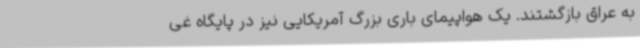
به عراق بازگشتند. یک هواپیمای باری بزرگ آمریکایی نیز در پایگاه غی